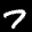
Label: 7